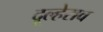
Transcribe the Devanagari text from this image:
दूल्हेराव